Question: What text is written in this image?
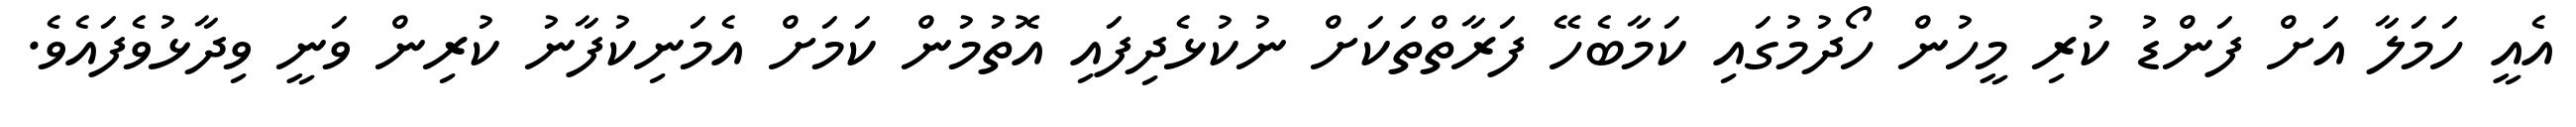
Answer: އެއީ ހަމަލާ އަށް ފަންޑު ކުރި މީހުން ހޯދުމުގައި ކަމާބެހޭ ފަރާތްތަކަށް ނުކުޅެދިފައި އޮތުމުން ކަމަށް އެމަނިކުފާނު ކުރިން ވަނީ ވިދާޅުވެފައެވެ.